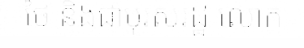
ថៃ និងជាបុរសរដ្ឋ លោក